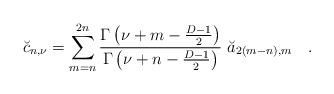
\begin{align*}\breve{c}_{n,\nu}=\sum_{m=n}^{2n}{\Gamma\left(\nu+m-{D-1 \over 2}\right) \over \Gamma\left(\nu+n-{D-1 \over 2}\right)}~\breve{a}_{2(m-n),m}~~~.\end{align*}